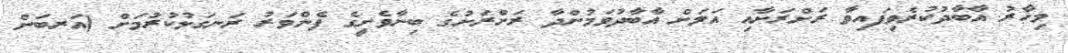
މިހާރު އާބާދުކުރެވިފައިވާ ރަށްރަށާއި އަލަށް އާބާދުވަމުންދާ ރަށްރަށުގެ ބިނާވެށީގެ ފެންވަރު ރަނގަޅުކުރުމަށް (އަރބަން